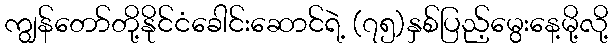
ကျွန်တော်တို့နိုင်ငံခေါင်းဆောင်ရဲ့ (၇၅)နှစ်ပြည့်မွေးနေ့မို့လို့